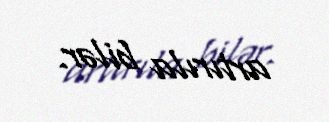
artırıla bilər.